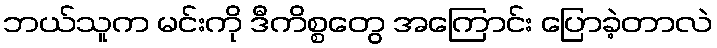
ဘယ်သူက မင်းကို ဒီကိစ္စတွေ အကြောင်း ပြောခဲ့တာလဲ